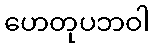
ဟေတုပဘဝါ